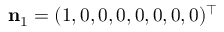
{ \bf n } _ { 1 } = ( 1 , 0 , 0 , 0 , 0 , 0 , 0 , 0 ) ^ { \top }